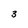
Character: 3